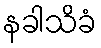
နခါသိခံ